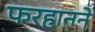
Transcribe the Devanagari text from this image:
फरहानने